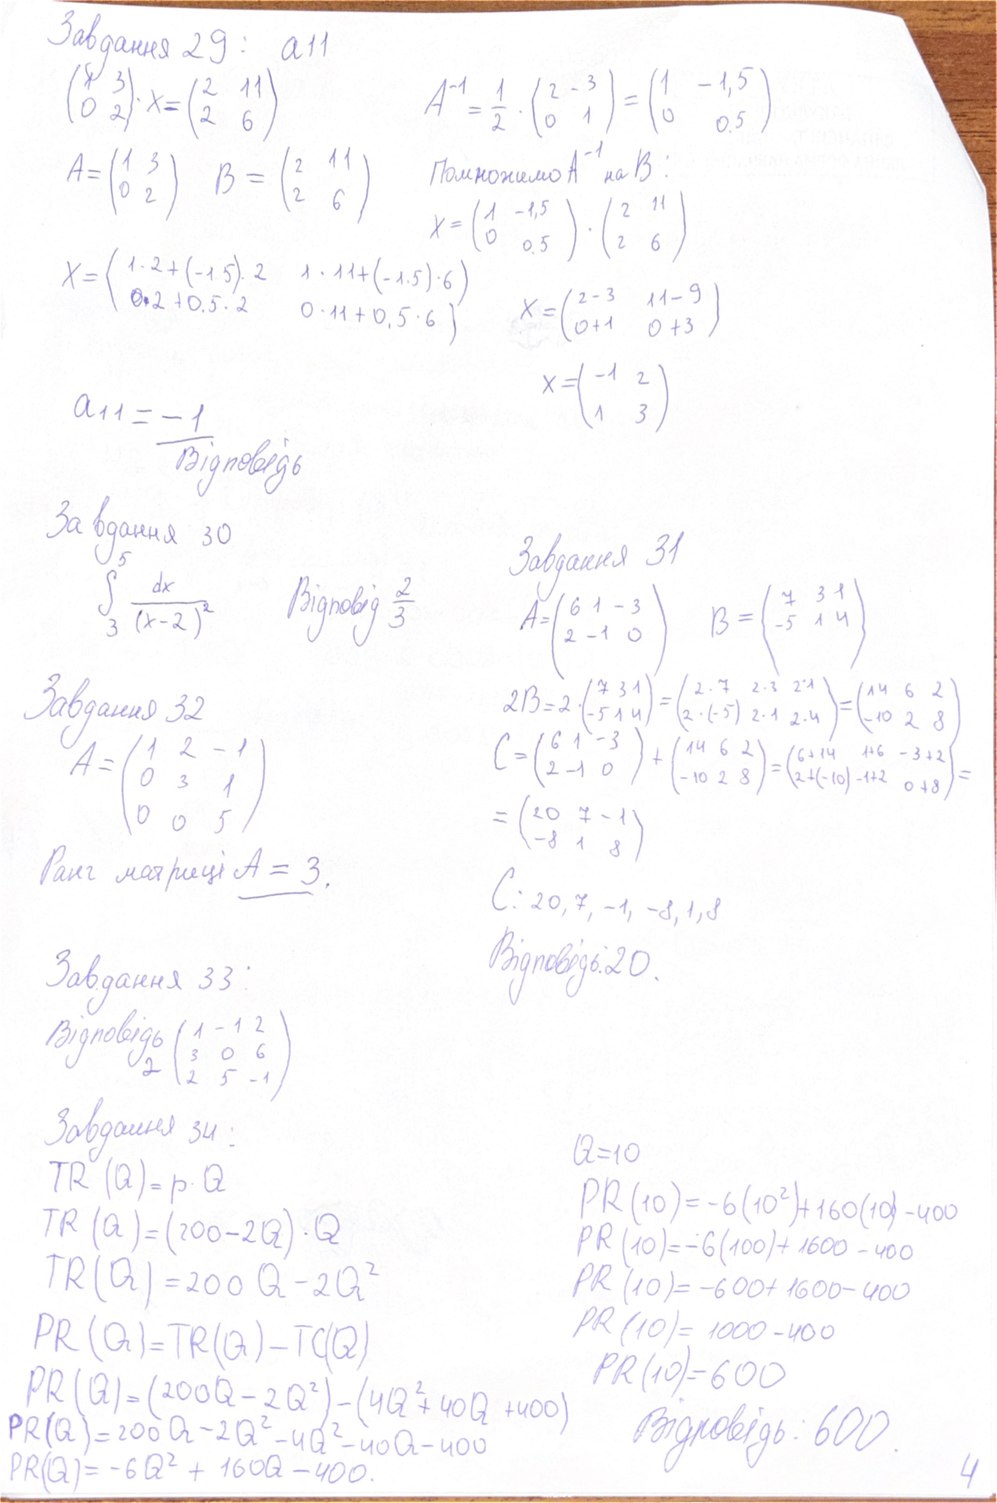
Завдання 29: a11
A^{-1} = \frac{1}{2} \cdot \begin{pmatrix} 2 & -3 \\ 0 & 1 \end{pmatrix} = \begin{pmatrix} 1 & -1,5 \\ 0 & 0,5 \end{pmatrix}
(1 3; 0 2) * X = (2 11; 2 6)
Помножимо A^-1 на B:
A = ( 1 3 \n 0 2 ) B = ( 2 11 \n 2 6 )
Х = (1 -1,5 0  0,5) · (2 11  2 6)
X = ( 1 · 2 + (-1.5) · 2   1 · 11 + (-1.5) · 6)  0,2+0,5 · 2  0 ·11+0,5 · 6)
X = ( 2-3\0+1 11-9\0+3)
X = (-1 2; 1 3)
a11 = -1
Відповідь
Завдання 30
Завдання 31
f3^5 dx/(x-2)^2
Відповідь 2/3
B = ( 7 3 1 -5 1 4 )
A = (6 1 -3  2 -1 0)
2B = 2 * (7 3 1; -5 1 4) = (2 * 7 2 * 3 2 * 1 / 2 * (-5) 2 * 1 2 * 4) = (14 6 2; -10 2 8)
Завдання 32
A = (1 2 -1; 0 3 1; 0 0 5)
C = ( 6 1 -3 \n 2 -1 0 ) + ( 14 6 2 \n -10 2 8 ) = ( 6 + 14 1 + 6 -3 + 2 \n 2 + (-10) -1 + 2 0 + 8 ) =
= ( 20 7 -1 -8 1 8 )
Ранг матриці A = 3,
C: 20, 7, -1, -8, 1, 8
Відповідь: 20.
Завдання 33:
Відповідь 2 ( 1 -1 2 /3 0 6 /2 5 -1 )
Завдання 34:
Q=10
TR(Q) = p · Q
PR(10) = -6(10^2) + 160(10) - 400
TR(Q) = (200 - 2Q) . Q
PR(10) = -6(100) + 1600 - 400
TR(Q) = 200 Q - 2Q^2
PR(10)=-600+1600-400
PR(10) = 1000 - 400
PR(Q) = TR(Q) - TC(Q)
PR(10)=600
PR(Q) = (200Q - 2Q^2) - (4Q^2 + 40Q + 400)
Відповідь: 600.
PR(Q) = 200 Q - 2 Q^2 - 40 Q + 400
4
PR (Q) = -6Q^2 + 160Q - 400